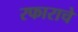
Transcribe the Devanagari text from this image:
रफाराचे